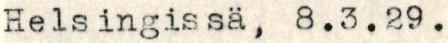
Helsingissä, 8.3.29.